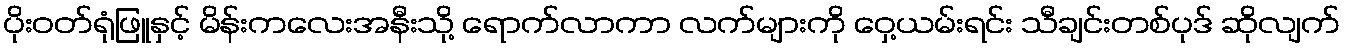
ပိုးဝတ်ရုံဖြူနှင့် မိန်းကလေးအနီးသို့ ရောက်လာကာ လက်များကို ဝှေ့ယမ်းရင်း သီချင်းတစ်ပုဒ် ဆိုလျက်